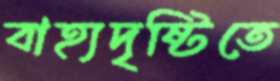
বাহ্যদৃষ্টিতে